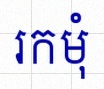
រកមុំ